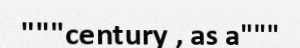
"""century , as a"""